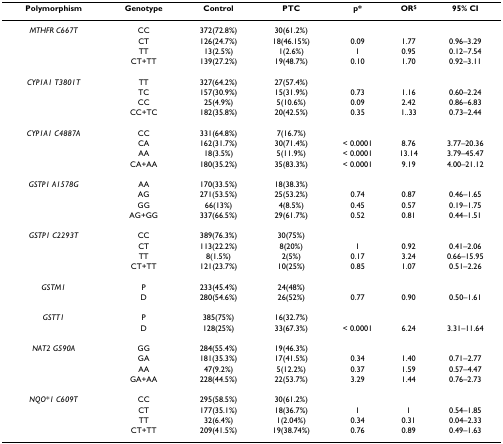
<table><thead><tr><td><b>Polymorphism</b></td><td><b>Genotype </b></td><td><b>Control</b></td><td><b>PTC</b></td><td><b>p*</b></td><td><b>OR<sup>$</sup></b></td><td><b>95% CI</b></td></tr></thead><tbody><tr><td><i>MTHFR C667T</i></td><td>CC</td><td>372(72.8%)</td><td>30(61.2%)</td><td></td><td></td><td></td></tr><tr><td></td><td>CT</td><td>126(24.7%)</td><td>18(46.15%)</td><td>0.09</td><td>1.77</td><td>0.96–3.29</td></tr><tr><td></td><td>TT</td><td>13(2.5%)</td><td>1(2.6%)</td><td>1</td><td>0.95</td><td>0.12–7.54</td></tr><tr><td></td><td>CT+TT</td><td>139(27.2%)</td><td>19(48.7%)</td><td>0.10</td><td>1.70</td><td>0.92–3.11</td></tr><tr><td><i>CYP1A1 T3801T</i></td><td>TT</td><td>327(64.2%)</td><td>27(57.4%)</td><td></td><td></td><td></td></tr><tr><td></td><td>TC</td><td>157(30.9%)</td><td>15(31.9%)</td><td>0.73</td><td>1.16</td><td>0.60–2.24</td></tr><tr><td></td><td>CC</td><td>25(4.9%)</td><td>5(10.6%)</td><td>0.09</td><td>2.42</td><td>0.86–6.83</td></tr><tr><td></td><td>CC+TC</td><td>182(35.8%)</td><td>20(42.5%)</td><td>0.35</td><td>1..33</td><td>0.73–2.44</td></tr><tr><td><i>CYP1A1 C4887A</i></td><td>CC</td><td>331(64.8%)</td><td>7(16.7%)</td><td></td><td></td><td></td></tr><tr><td></td><td>CA</td><td>162(31.7%)</td><td>30(71.4%)</td><td>&lt; 0.0001</td><td>8.76</td><td>3.77–20.36</td></tr><tr><td></td><td>AA</td><td>18(3.5%)</td><td>5(11.9%)</td><td>&lt; 0.0001</td><td>13.14</td><td>3.79–45.47</td></tr><tr><td></td><td>CA+AA</td><td>180(35.2%)</td><td>35(83.3%)</td><td>&lt; 0.0001</td><td>9.19</td><td>4.00–21.12</td></tr><tr><td><i>GSTP1 A1578G</i></td><td>AA</td><td>170(33.5%)</td><td>18(38.3%)</td><td></td><td></td><td></td></tr><tr><td></td><td>AG</td><td>271(53.5%)</td><td>25(53.2%)</td><td>0.74</td><td>0.87</td><td>0.46–1.65</td></tr><tr><td></td><td>GG</td><td>66(13%)</td><td>4(8.5%)</td><td>0.45</td><td>0.57</td><td>0.19–1.75</td></tr><tr><td></td><td>AG+GG</td><td>337(66.5%)</td><td>29(61.7%)</td><td>0.52</td><td>0.81</td><td>0.44–1.51</td></tr><tr><td><i>GSTP1 C2293T</i></td><td>CC</td><td>389(76.3%)</td><td>30(75%)</td><td></td><td></td><td></td></tr><tr><td></td><td>CT</td><td>113(22.2%)</td><td>8(20%)</td><td>1</td><td>0.92</td><td>0.41–2.06</td></tr><tr><td></td><td>TT</td><td>8(1.5%)</td><td>2(5%)</td><td>0.17</td><td>3.24</td><td>0.66–15.95</td></tr><tr><td></td><td>CT+TT</td><td>121(23.7%)</td><td>10(25%)</td><td>0.85</td><td>1.07</td><td>0.51–2.26</td></tr><tr><td><i>GSTM1</i></td><td>P</td><td>233(45.4%)</td><td>24(48%)</td><td></td><td></td><td></td></tr><tr><td></td><td>D</td><td>280(54.6%)</td><td>26(52%)</td><td>0.77</td><td>0.90</td><td>0.50–1.61</td></tr><tr><td><i>GSTT1</i></td><td>P</td><td>385(75%)</td><td>16(32.7%)</td><td></td><td></td><td></td></tr><tr><td></td><td>D</td><td>128(25%)</td><td>33(67.3%)</td><td>&lt; 0.0001</td><td>6.24</td><td>3.31–11.64</td></tr><tr><td><i>NAT2 G590A</i></td><td>GG</td><td>284(55.4%)</td><td>19(46.3%)</td><td></td><td></td><td></td></tr><tr><td></td><td>GA</td><td>181(35.3%)</td><td>17(41.5%)</td><td>0.34</td><td>1.40</td><td>0.71–2.77</td></tr><tr><td></td><td>AA</td><td>47(9.2%)</td><td>5(12.2%)</td><td>0.37</td><td>1.59</td><td>0.57–4.47</td></tr><tr><td></td><td>GA+AA</td><td>228(44.5%)</td><td>22(53.7%)</td><td>3.29</td><td>1.44</td><td>0.76–2.73</td></tr><tr><td><i>NQO*1 C609T</i></td><td>CC</td><td>295(58.5%)</td><td>30(61.2%)</td><td></td><td></td><td></td></tr><tr><td></td><td>CT</td><td>177(35.1%)</td><td>18(36.7%)</td><td>1</td><td>1</td><td>0.54–1.85</td></tr><tr><td></td><td>TT</td><td>32(6.4%)</td><td>1(2.04%)</td><td>0.34</td><td>0.31</td><td>0.04–2.33</td></tr><tr><td></td><td>CT+TT</td><td>209(41.5%)</td><td>19(38.74%)</td><td>0.76</td><td>0.89</td><td>0.49–1.63</td></tr></tbody></table>